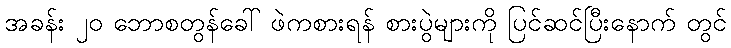
အခန်း ၂၀ ဘောစတွန်ခေါ် ဖဲကစားရန် စားပွဲများကို ပြင်ဆင်ပြီးနောက် တွင်